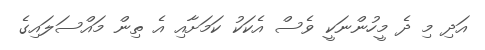
އަދި މި ދެ މީހުންނަކީ ވެސް އެކަކު ކަމަށާއި އެ ތިން މައްސަލައިގެ